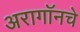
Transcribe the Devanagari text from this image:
अरागॉनचे